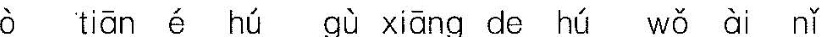
tiān é hú dǎ bàn dé gèng jiā měi lì